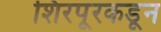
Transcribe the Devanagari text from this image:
शिरपूरकडून